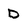
Character: D